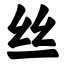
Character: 丝